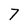
Character: 7